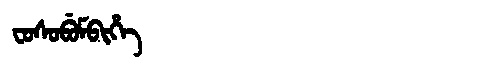
Manchu: ᠸᠣᠰᠣᠪᡠᠮᠪᡳᡥᡝ
Romanization: FOSOBUMBIHE